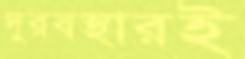
দুরবস্থারই